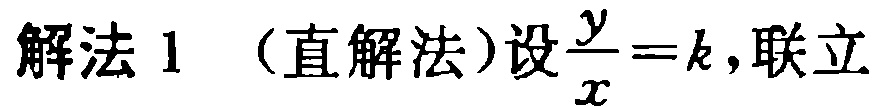
解法 1 （直解法）设$\frac{y}{x}=k$,联立